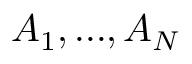
A _ { 1 } , . . . , A _ { N }